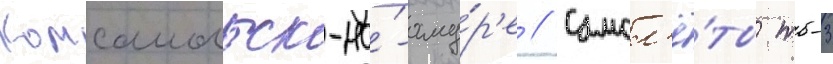
Комсомольск-на́-аму́р'е // Самол'ё́ты тб-3